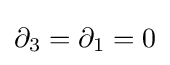
\partial _{3}=\partial _{1}=0